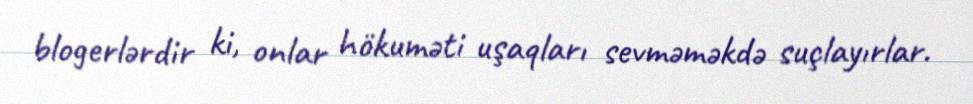
blogerlərdir ki, onlar hökuməti uşaqları sevməməkdə suçlayırlar.